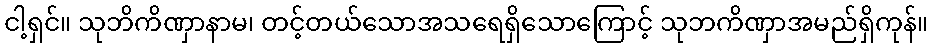
ငါ့ရှင်။ သုဘိကိဏှာနာမ၊ တင့်တယ်သောအသရေရှိသောကြောင့် သုဘကိဏှာအမည်ရှိကုန်။